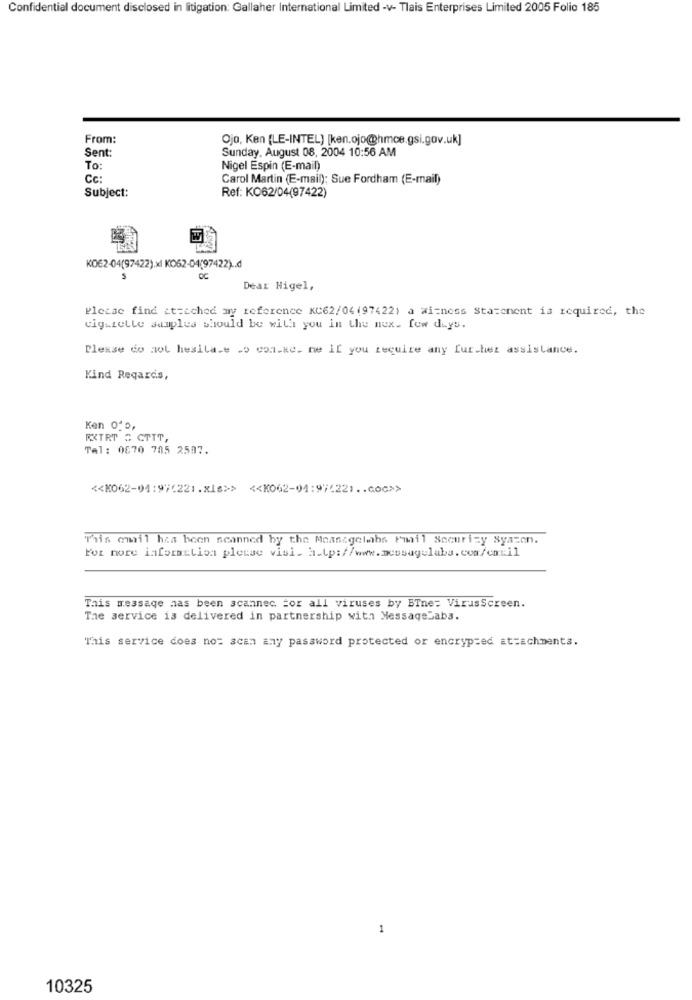
Confidential document disclosed in litigation: Gallaher International Limited -v- Tlais Enterprises Limited 2005 Folio 185
From:
Ojo, Ken (LE-INTEL] [ken.ojo@hmce.gsi.gov.uk]
Sunday, August 08, 2004 10:56 AM
Sent:
To:
Nigel Espin (E-mail)
Cc:
Carol Martin (E-mail); Sue Fordham (E-mail)
Subject:
Ref: KO62/04(97422)
KOE2-04(97422).xl KO62-04(97422).d
Dear Nigel,
Pletac find it=ached my reference KC62/04(97422) a witness Statement is required, the
cigazelle samples should be with you in the mex. few days.
Please do not hesila.e .o con.ke. me If you require any further assistance.
Kind Regards,
Ken 010,
EXTRT & CTTT,
Tal: 0670 785 2587.
<< KO62-04:97(221.xls>> << K062-04:97(22) .. GoC>>
This email has been scanned by the Messagelabs Pmail Security Syazen.
For more information pletse visi. h.Lp://www.messagelabs.com/cmkil
This message has been scannec. for all viruses by BTne: VirusScreen.
The service is delivered in partnership with MessageLabs.
This service does not scan any password protected or encrypted attachments.
1
10325